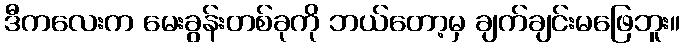
ဒီကလေးက မေးခွန်းတစ်ခုကို ဘယ်တော့မှ ချက်ချင်းမဖြေဘူး။